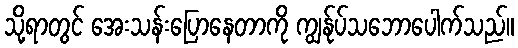
သို့ရာတွင် အေးသန်းပြောနေတာကို ကျွန်ုပ်သဘောပေါက်သည်။